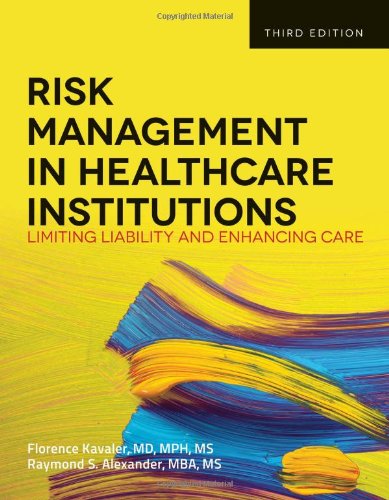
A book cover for Risk Management in Health Care Institutions: Limiting Liability and Enhancing Care, 3rd Edition; Florence Kavaler; Medical Books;